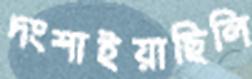
দংশাইয়াছিলি